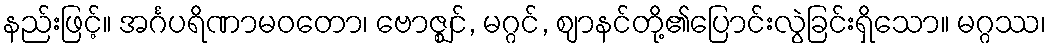
နည်းဖြင့်။ အင်္ဂပရိဏာမဝတော၊ ဗောဇ္ဈင်, မဂ္ဂင်, ဈာနင်တို့၏ပြောင်းလွဲခြင်းရှိသော။ မဂ္ဂဿ၊